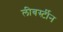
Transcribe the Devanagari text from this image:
लीबर्स्टीन